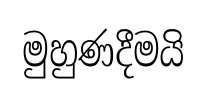
මුහුණදීමයි